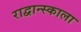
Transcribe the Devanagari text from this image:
राद्वान्स्काला